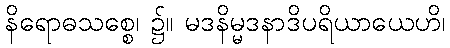
နိရောဓသစ္စေ၊ ၌။ မဒနိမ္မဒနာဒိပရိယာယေဟိ၊